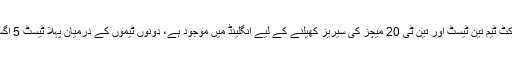
خیال رہے کہ قومی کرکٹ ٹیم تین ٹیسٹ اور تین ٹی 20 میچز کی سیریز کھیلنے کے لیے انگلینڈ میں موجود ہے، دونوں ٹیموں کے درمیان پہلا ٹیسٹ 5 اگست سے کھیلا جائے گا۔